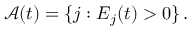
\mathcal { A } ( t ) = \{ j : E _ { j } ( t ) > 0 \} \, .